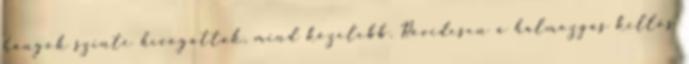
hangok szinte hívogattak, mind közelebb. Rövidesen a halmozgás kellős